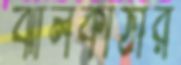
ঝালকাঠীর